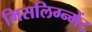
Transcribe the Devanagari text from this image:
मिसलिग्न्मेंट